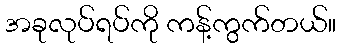
အခုလုပ်ရပ်ကို ကန့်ကွက်တယ်။